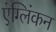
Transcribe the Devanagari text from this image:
एंग्लिंकन